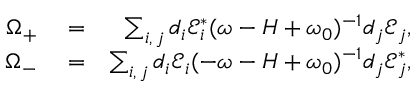
\begin{array} { r l r } { \Omega _ { + } } & { { } = } & { \sum _ { i , \, j } d _ { i } \mathcal { E } _ { i } ^ { \ast } ( \omega - H + \omega _ { 0 } ) ^ { - 1 } d _ { j } \mathcal { E } _ { j } , } \\ { \Omega _ { - } } & { { } = } & { \sum _ { i , \, j } d _ { i } \mathcal { E } _ { i } ( - \omega - H + \omega _ { 0 } ) ^ { - 1 } d _ { j } \mathcal { E } _ { j } ^ { \ast } , } \end{array}